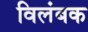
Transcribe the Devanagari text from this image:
विलंबक